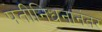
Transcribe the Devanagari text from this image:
पतीनिधनानंतर